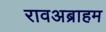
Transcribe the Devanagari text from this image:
रावअब्राहम